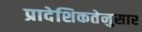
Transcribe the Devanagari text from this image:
प्रादेशिकतेनुसार